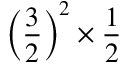
\left( { \frac { 3 } { 2 } } \right) ^ { 2 } \times { \frac { 1 } { 2 } }